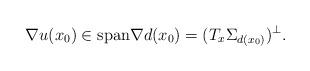
LaTeX: \begin{align*}\nabla u (x_{0}) \in \mathrm{span}{\nabla d (x_{0})} = (T_{x}\Sigma_{d(x_{0})})^{\perp}.\end{align*}